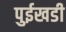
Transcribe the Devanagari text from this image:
पुईखडी